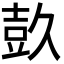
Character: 𭐕